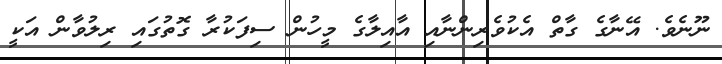
ނޫނެވެ. އޭނާގެ ގާތް އެކުވެރިންނާއި އާއިލާގެ މީހުން ސިފަކުރާ ގޮތުގައި ރިލުވާން އަކީ